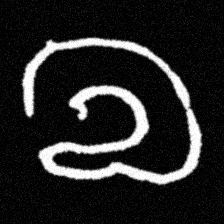
Pyu character \u2014 Myanmar letter: လ (romanized: la)